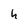
Character: h